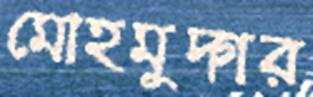
মোহমুদ্গর